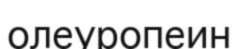
олеуропеин